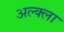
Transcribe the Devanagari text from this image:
अल्क्ला